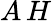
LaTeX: A\, H